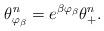
LaTeX: \begin{align*}\theta_{\varphi_{\beta}}^n =e^{\beta\varphi_{\beta}} \theta_+^n.\end{align*}